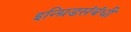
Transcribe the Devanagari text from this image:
इन्ग्रिडसंबंधी